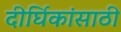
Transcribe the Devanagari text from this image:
दीर्घिकांसाठी